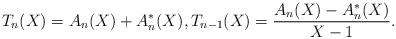
LaTeX: \begin{align*} T_n(X)=A_n(X)+A_{n}^*(X), T_{n-1}(X)=\frac{ A_n(X)-A_{n}^*(X) }{X-1}.\end{align*}